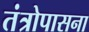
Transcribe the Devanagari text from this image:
तंत्रोपासना